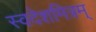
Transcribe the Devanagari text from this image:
स्वदेशमित्रम्